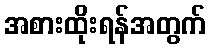
အစားထိုးရန်အတွက်